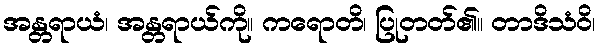
အန္တရာယံ၊ အန္တရာယ်ကို။ ကရောတိ၊ ပြုတတ်၏။ တာဒိသံဝိ၊